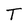
Character: T